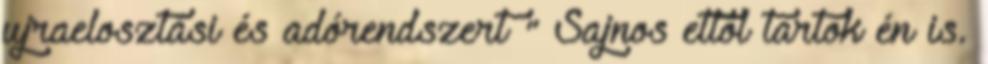
ujraelosztási és adórendszert " Sajnos ettől tartok én is.